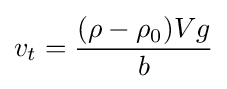
v_{t}={\frac {(\rho -\rho _{0})Vg}{b}}